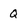
Character: Q